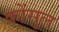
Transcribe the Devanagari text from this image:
कोंसुल